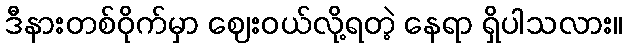
ဒီနားတစ်ဝိုက်မှာ ဈေးဝယ်လို့ရတဲ့ နေရာ ရှိပါသလား။